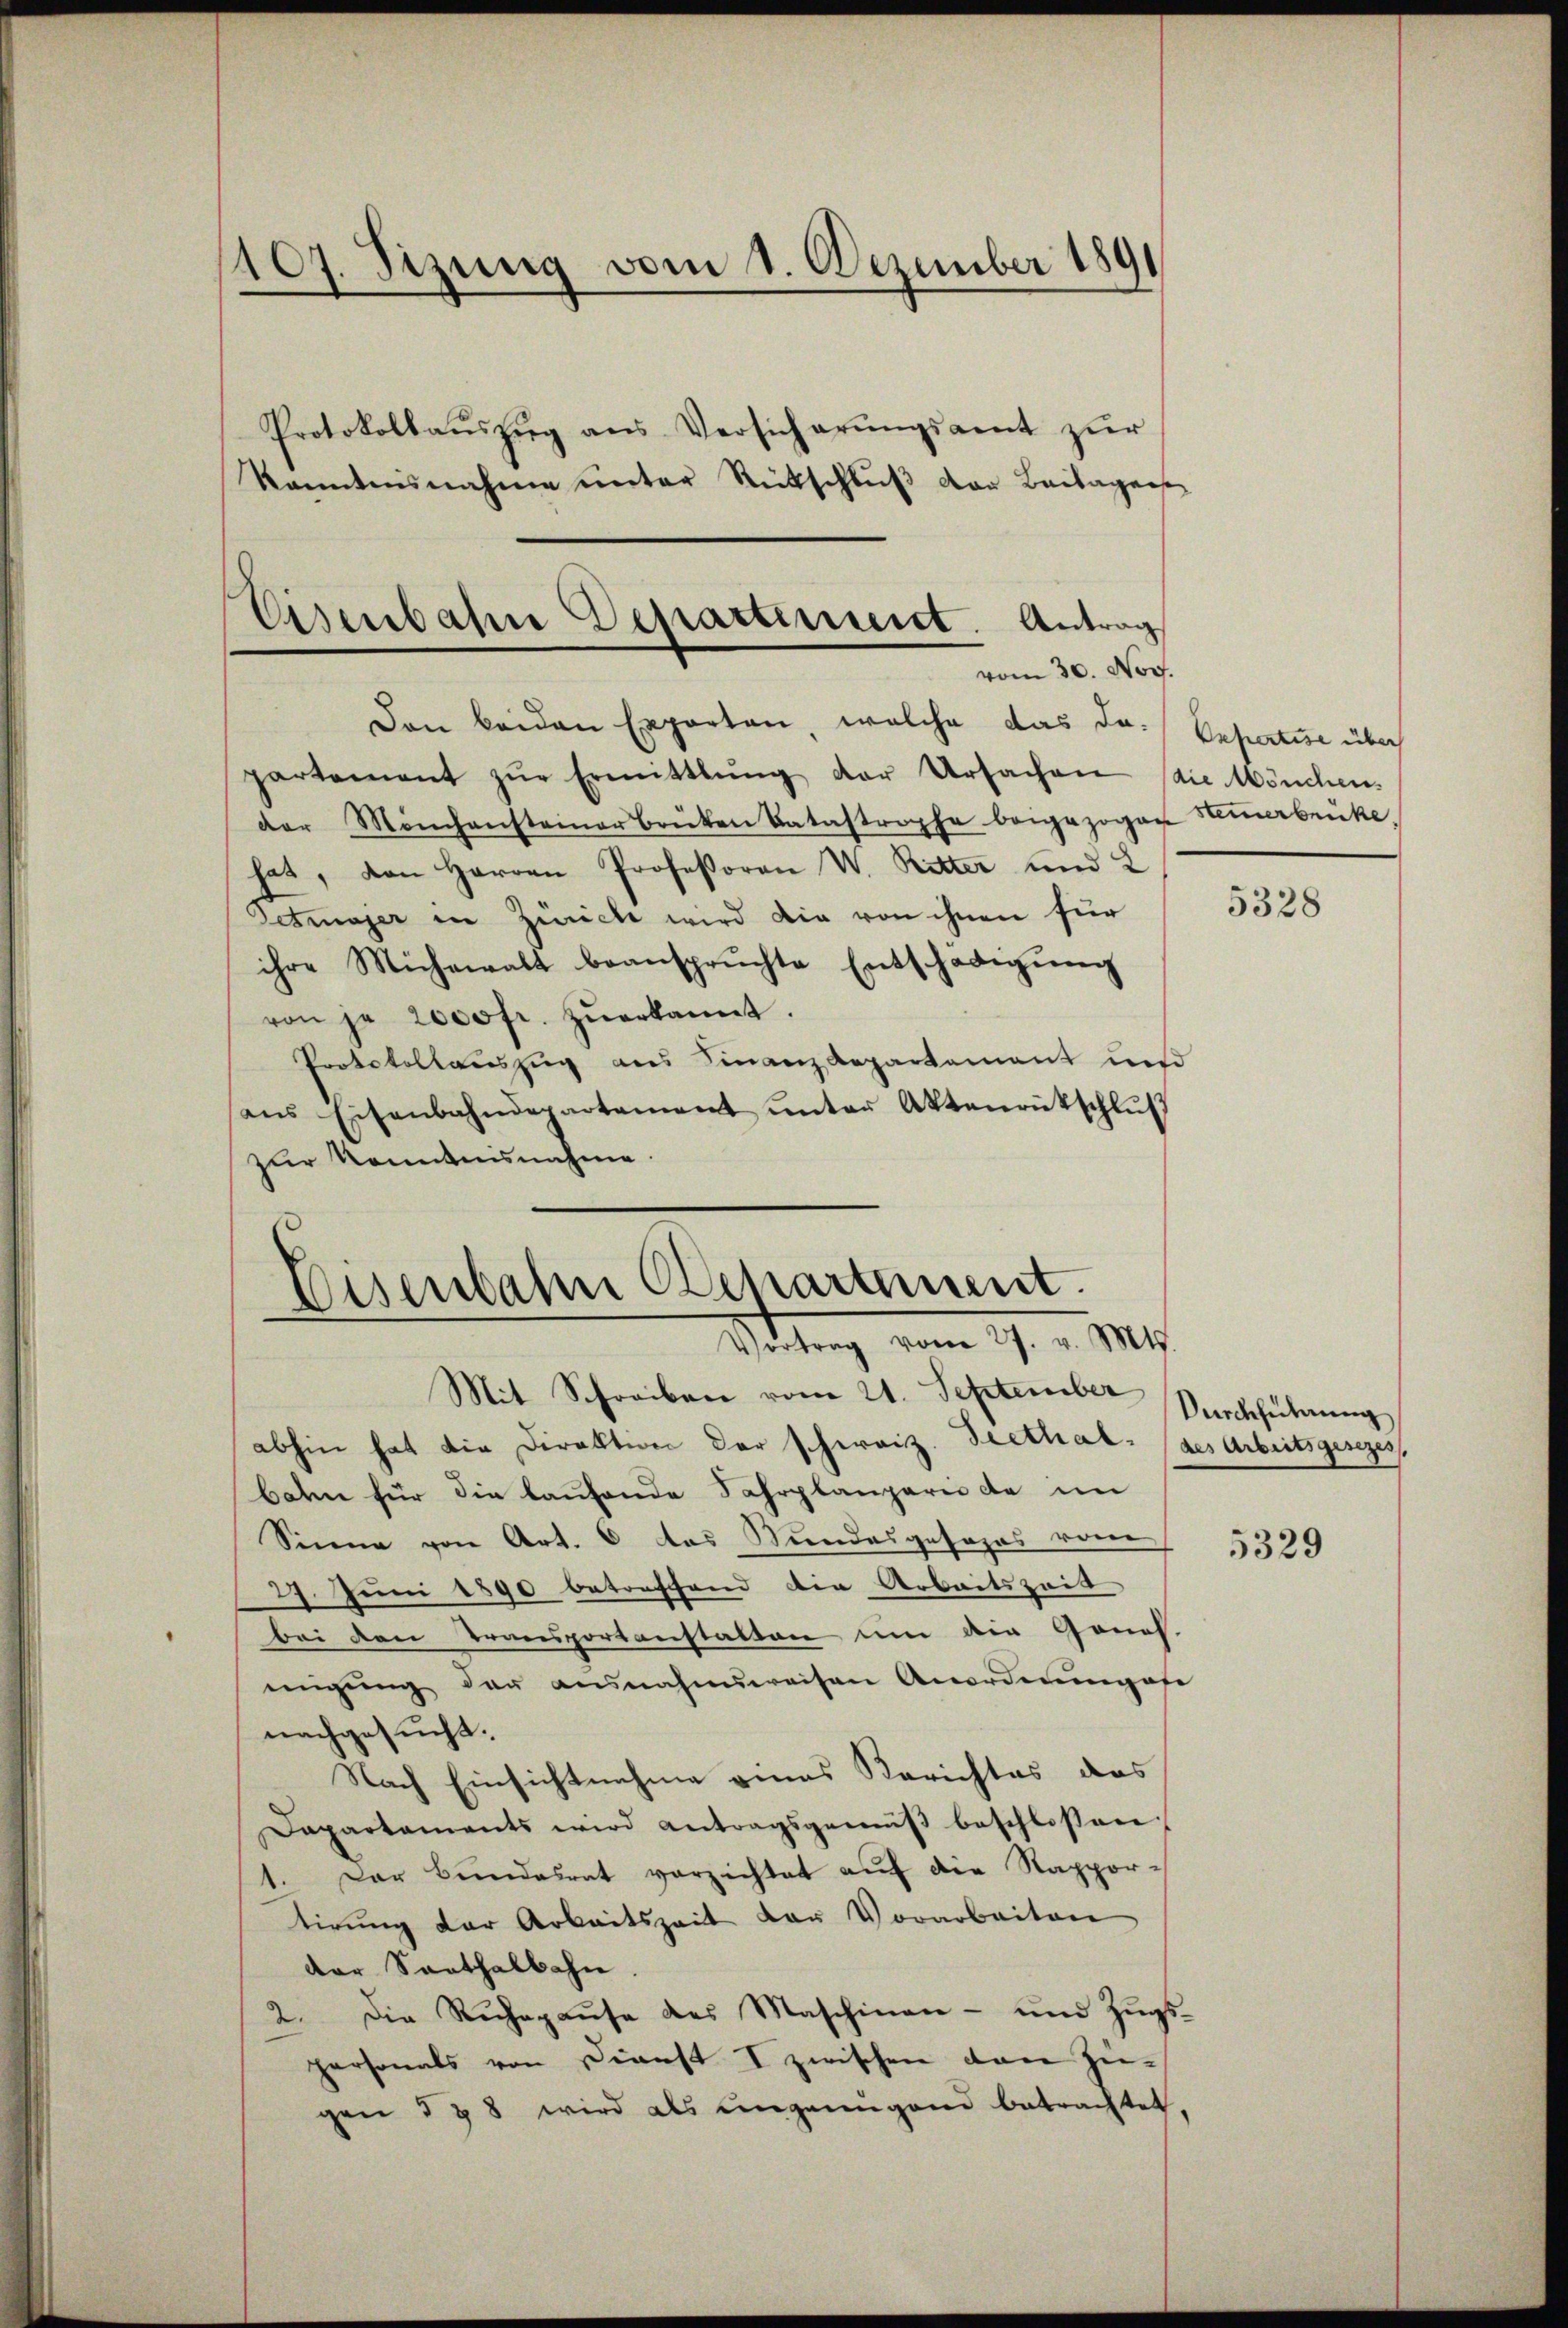
107. Sizung vom 1. Dezember 1891
Protokollaŭszŭg ans Versicherŭngsamt zŭr

Eisenbahne Departement. Antrag
vom 30. Nov.

Den beiden Exporten, welche das Dr. Pepertise über
partement zŭr Ermittlung der Ursachen die Mönchen.
der Mönchensteiner brüten Batastrophe beigezogen Keimerbrücke.
hat, den Herren Professoren W. Ritter und 2
Detmager in Zürich wird die von ihnen für
ihre Mühewalt beanspruchte Entschädigŭng
von je 2000 fr. zŭerkannt.
Protokollauszug aus Finanz Repartement und
ans Eisenbahndepartement unter Aktenrütschlŭβ
zur Kenntnisnahme.

Kanntnisnahme unter Rückschluß von Beilagene

Eisenbahn Departement.
—
Wittung vom 29. v. Mts.

Mit Schreiben vom 21. September
abhin hat die Direktion der schweiz. Seethal (des Arbeitsgesezes
bahn für die laufende Fahrplanparie de in
Sinne von Art. 6 das Kundesgesezes vom
27. Juni 1890 betreffend die Arbeitszeit
bei den Transportanstalten um die Genos-
migŭng der ausnahmsweisen Anordnungefe
nachgesucht.
Nach Einsichtnahme eines Berichtes das
Dapartaments wird antragsgemäβ beschlossen:
1. Der Bundesrat verzichtet auf die Rapportirŭng der Arbeitszeit der Vorarbeiten
der Santhalbahn
2. Die Ruhepaŭse des Maschinen- und Zŭgs-
personals von Dienst I zwischen von Zugen § 28 wird als ungenügend betrachtet,

5328

Durchführung

5329